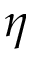
\eta